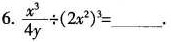
6 $$\frac { x ^ { 3 } } { 4 y } \div ( 2 x ^ { 2 } ) ^ { 3 } = ___$$.